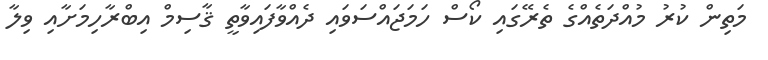
މަތިން ކުރު މުއްދަތެއްގެ ތެރޭގައި ކޯސް ހަމަޖައްސަވައި ދެއްވާފައިވާތީ ޤާސިމް އިބްރާހިމަށާއި ވިލާ